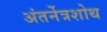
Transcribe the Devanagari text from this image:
अंतर्नेत्रशोथ